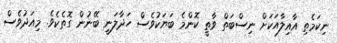
ނިކަމެތި އާއިލާއަކަށް ނިސްބަތް ވާތީ ކޮންމެ ބަޔަކުވެސް ހަދާލަނީ ބޭނުން ގޮތެކެވެ. މިއަދުވެސް